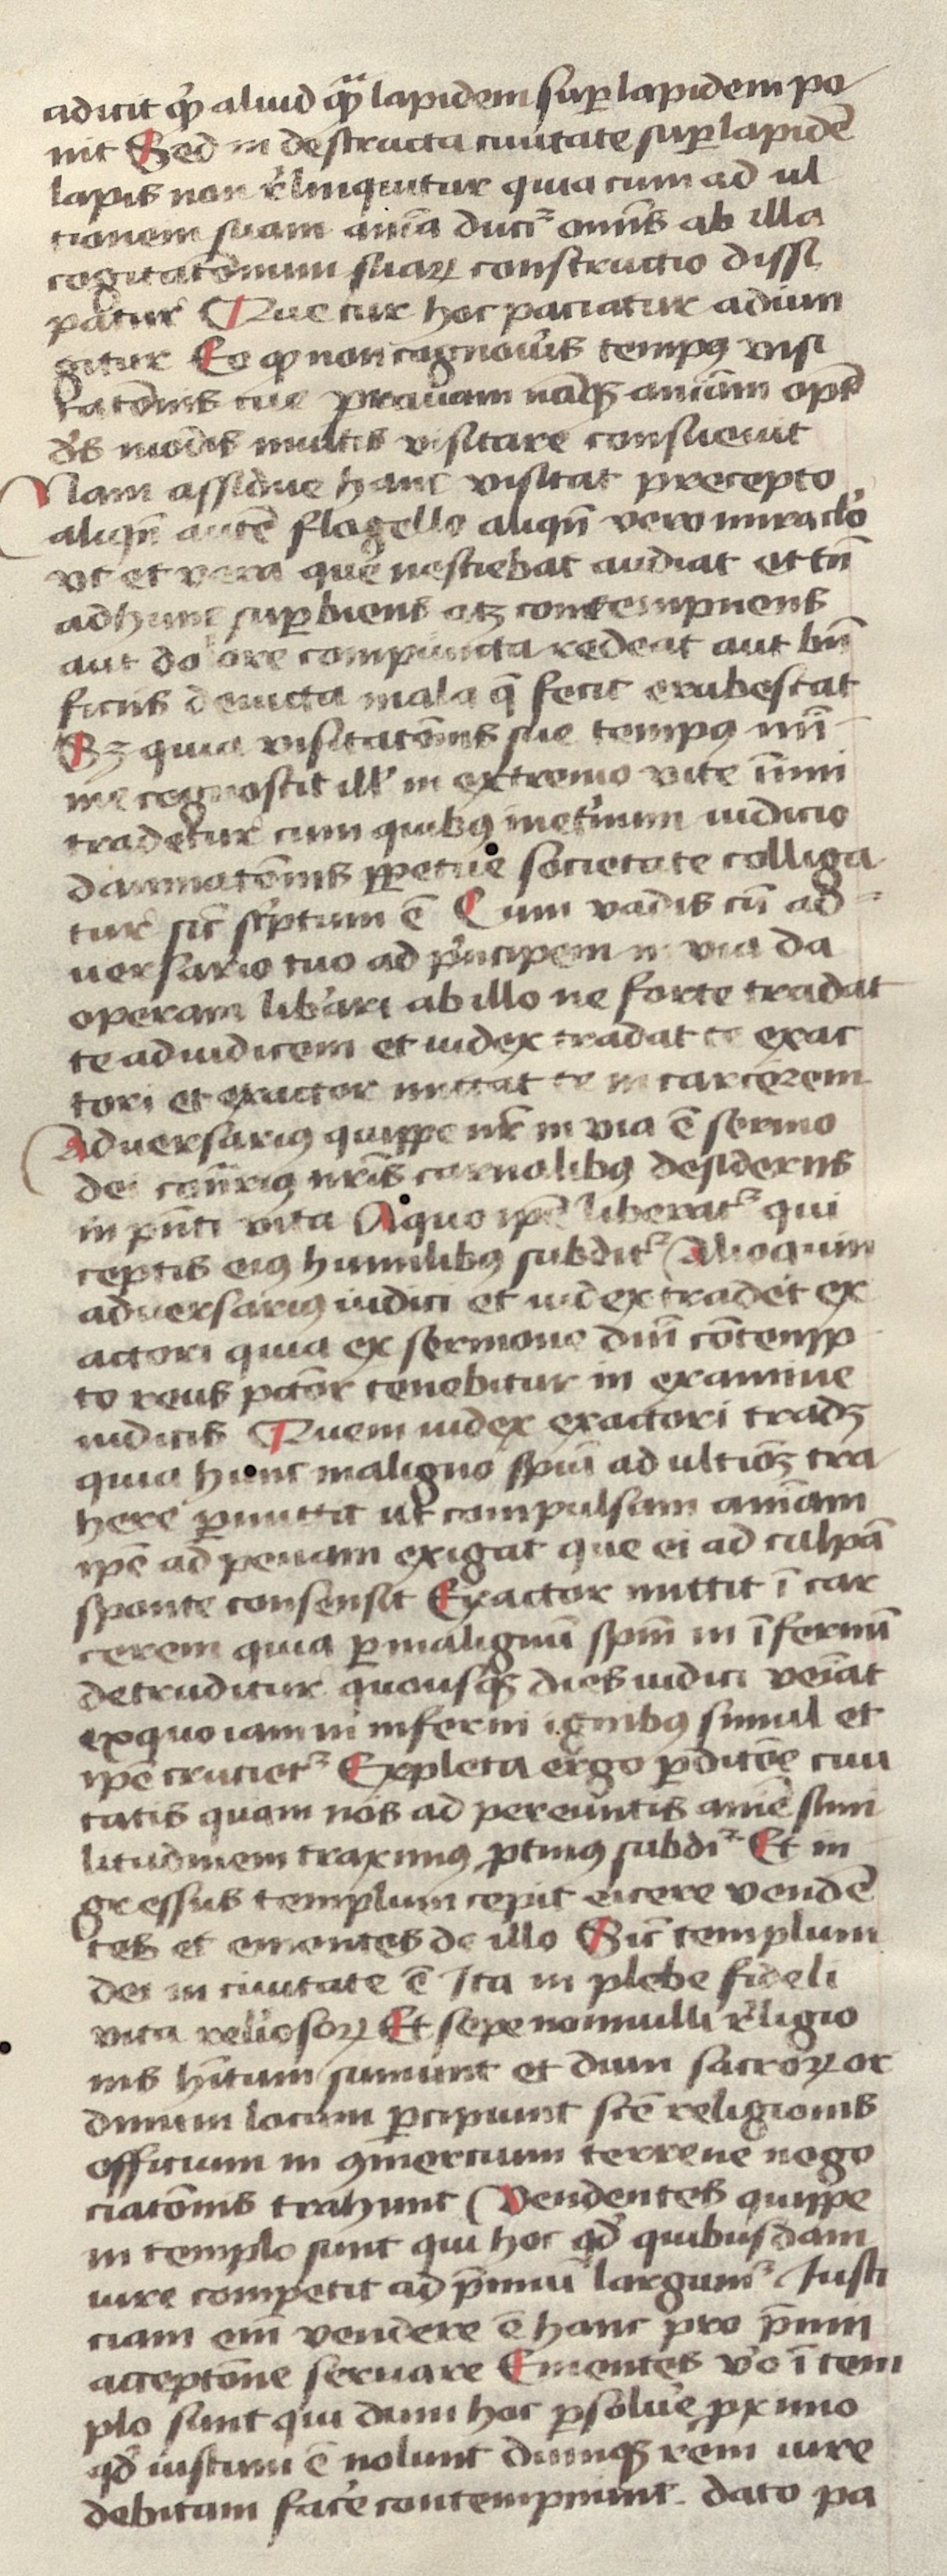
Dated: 1400–1499